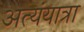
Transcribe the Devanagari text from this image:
अत्यंयात्रा